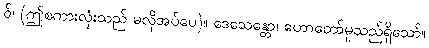
ဝ်၊ (ဤစကားလုံးသည် မလိုအပ်ပေ)။ ဒေသေန္တော၊ ဟောတော်မူသည်ရှိသော်။